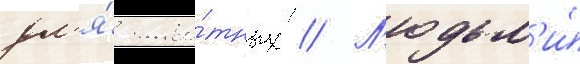
дл'я́ живо́тных // Л'юдьм'и́